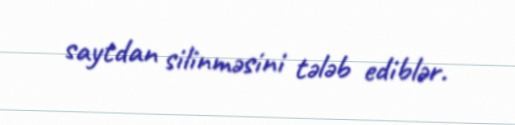
saytdan silinməsini tələb ediblər.